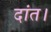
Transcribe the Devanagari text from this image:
दांत।